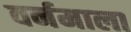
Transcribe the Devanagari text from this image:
वर्नमाला